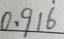
0 . 9 1 \dot { 6 }